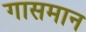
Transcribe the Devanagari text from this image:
गासमान